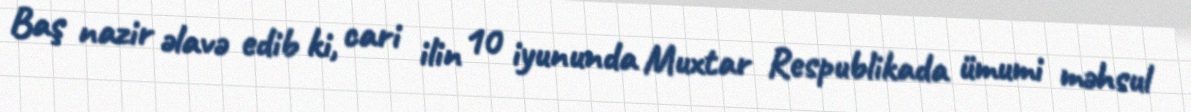
Baş nazir əlavə edib ki, cari ilin 10 iyununda Muxtar Respublikada ümumi məhsul